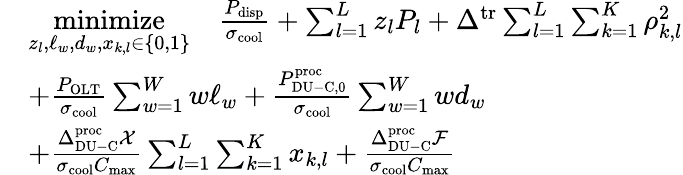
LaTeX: \begin{array}{rl}&{\underset{z_{l},\ell_{w},d_{w},x_{k,l}\in\{ 0,1\} }{\textrm{minimize}}\quad\frac{P_{\mathrm{disp}}}{\sigma_{\mathrm{cool}}}+\sum_{l=1}^{L}z_{l}P_{l}+\Delta^{\mathrm{tr}}\sum_{l=1}^{L}\sum_{k=1}^{K}\rho_{k,l}^{2}}\\ &{+\frac{P_{\mathrm{OLT}}}{\sigma_{\mathrm{cool}}}\sum_{w=1}^{W}w\ell_{w}+\frac{P_{\mathrm{DU-C,0}}^{\mathrm{proc}}}{\sigma_{\mathrm{cool}}}\sum_{w=1}^{W}wd_{w}}\\ &{+\frac{\Delta_{\mathrm{DU-C}}^{\mathrm{proc}}\mathcal{X}}{\sigma_{\mathrm{cool}}C_{\mathrm{max}}}\sum_{l=1}^{L}\sum_{k=1}^{K}x_{k,l}+\frac{\Delta_{\mathrm{DU-C}}^{\mathrm{proc}}\mathcal{F}}{\sigma_{\mathrm{cool}}C_{\mathrm{max}}}}\end{array}